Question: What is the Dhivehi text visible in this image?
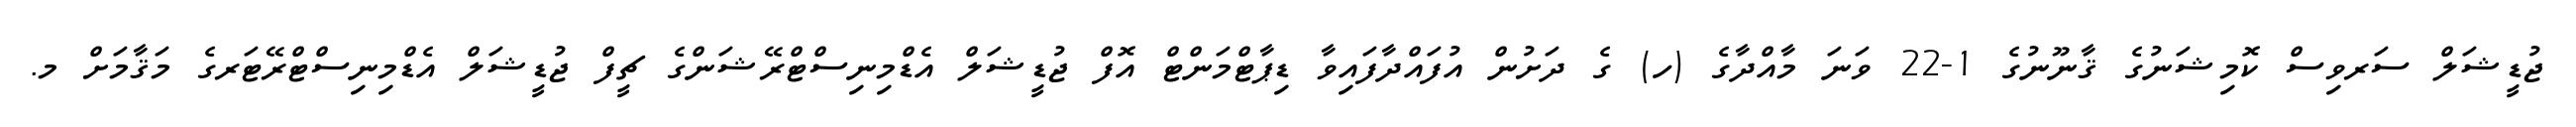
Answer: ޖުޑީޝަލް ސަރވިސް ކޮމިޝަނުގެ ޤާނޫނުގެ 1-22 ވަނަ މާއްދާގެ (ހ) ގެ ދަށުން އުފައްދާފައިވާ ޑިޕާޓްމަންޓް އޮފް ޖުޑީޝަލް އެޑްމިނިސްޓްރޭޝަންގެ ޗީފް ޖުޑީޝަލް އެޑްމިނިސްޓްރޭޓަރގެ މަޤާމަށް މ.